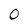
Character: 0